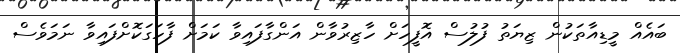
ބައެއް މީޑިއާތަކުން ޒިޔަތު ފުލުސް އޮފީހަށް ހާޒިރުވާން އަންގާފައިވާ ކަމަށް ފާހަގަކޮށްފައިވާ ނަމަވެސް